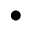
\bullet